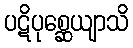
ပဋိပုစ္ဆေယျာသိ